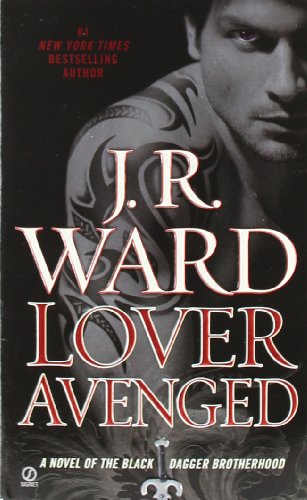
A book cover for Lover Avenged (Black Dagger Brotherhood, Book 7); J.R. Ward; Romance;